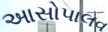
આસોપાલવ